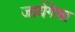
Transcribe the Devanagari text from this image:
जायेंगेचा